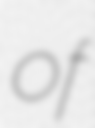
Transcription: of